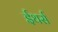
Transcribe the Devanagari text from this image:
ईथर्स